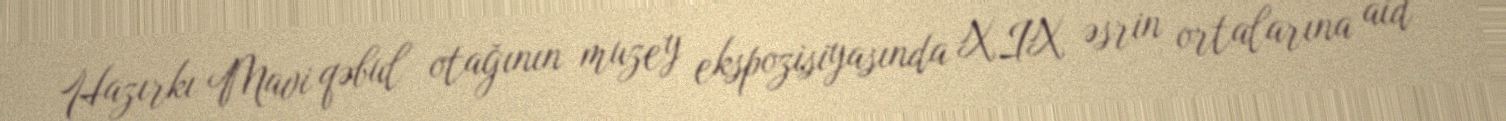
Hazırkı Mavi qəbul otağının muzey ekspozisiyasında XIX əsrin ortalarına aid